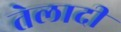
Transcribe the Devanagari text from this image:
तेलादी